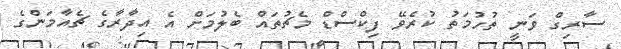
ސާރިގް ވަނީ ތުހުމަތު ކުރެވޭ ފިކްސްޑް މެޗުތައް ބެލުމަށް އެ އިދާރާގެ ޗެއާމަންގެ